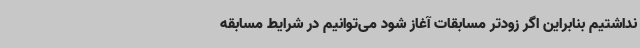
نداشتیم بنابراین اگر زودتر مسابقات آغاز شود می‌توانیم در شرایط مسابقه